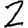
Digit: 2